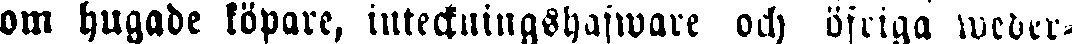
om hugade köpare, inteckningshafware och öfriga weder-